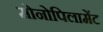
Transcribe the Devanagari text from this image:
मोनोपिलामेंट